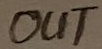
Text: OUT